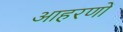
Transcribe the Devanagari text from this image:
आहरणों